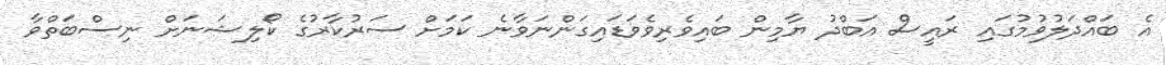
އެ ބައްދަލުވުމުގައި ރައީސް އަބްދު ޔާމިން ބައިވެރިވެވަޑައިގަންނަވާނެ ކަމަށް ސަރުކާރުގެ ކޯލިޝަނަށް ނިސްބަތްވާ